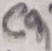
Text: C9